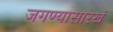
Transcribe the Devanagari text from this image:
जगण्यासारखं